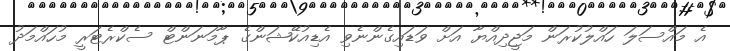
އެ މައްސަލަ ހައްލުކުރަން މަޖީދިއްޔާ އަށް ވަޑައިގެންނެވި އެޑިއުކޭޝަންގެ ޕާމަނަންޓް ސެކްރެޓަރީ މުހައްމަދު